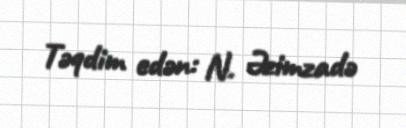
Təqdim edən: N. Əzimzadə